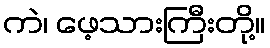
ကဲ၊ ဖေ့သားကြီးတို့။